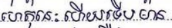
ហេតុនេះហើយទើបមាន